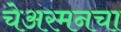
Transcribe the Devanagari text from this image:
चेअरमनचा